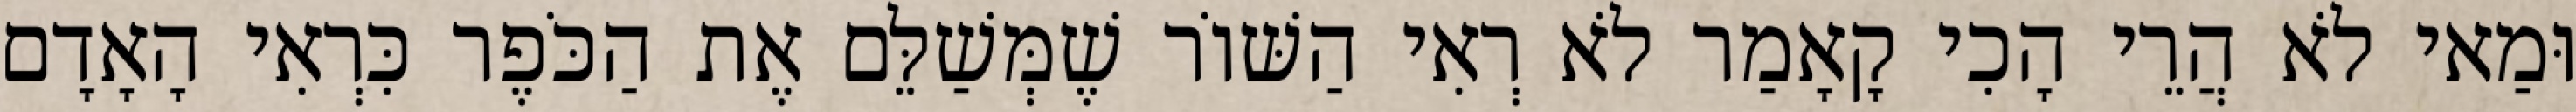
וּמַאי לֹא הֲרֵי הָכִי קָאָמַר לֹא רְאִי הַשּׁוֹר שֶׁמְּשַׁלֵּם אֶת הַכֹּפֶר כִּרְאִי הָאָדָם